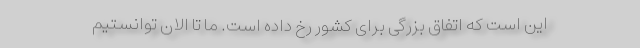
این است که اتفاق بزرگی برای کشور رخ داده است. ما تا الان توانستیم